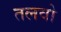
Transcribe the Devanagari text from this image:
तलवो